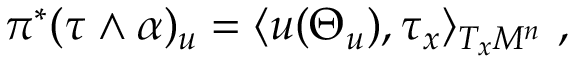
\pi ^ { * } ( \tau \wedge \alpha ) _ { u } = \langle u ( \Theta _ { u } ) , \tau _ { x } \rangle _ { T _ { x } M ^ { n } } \ ,